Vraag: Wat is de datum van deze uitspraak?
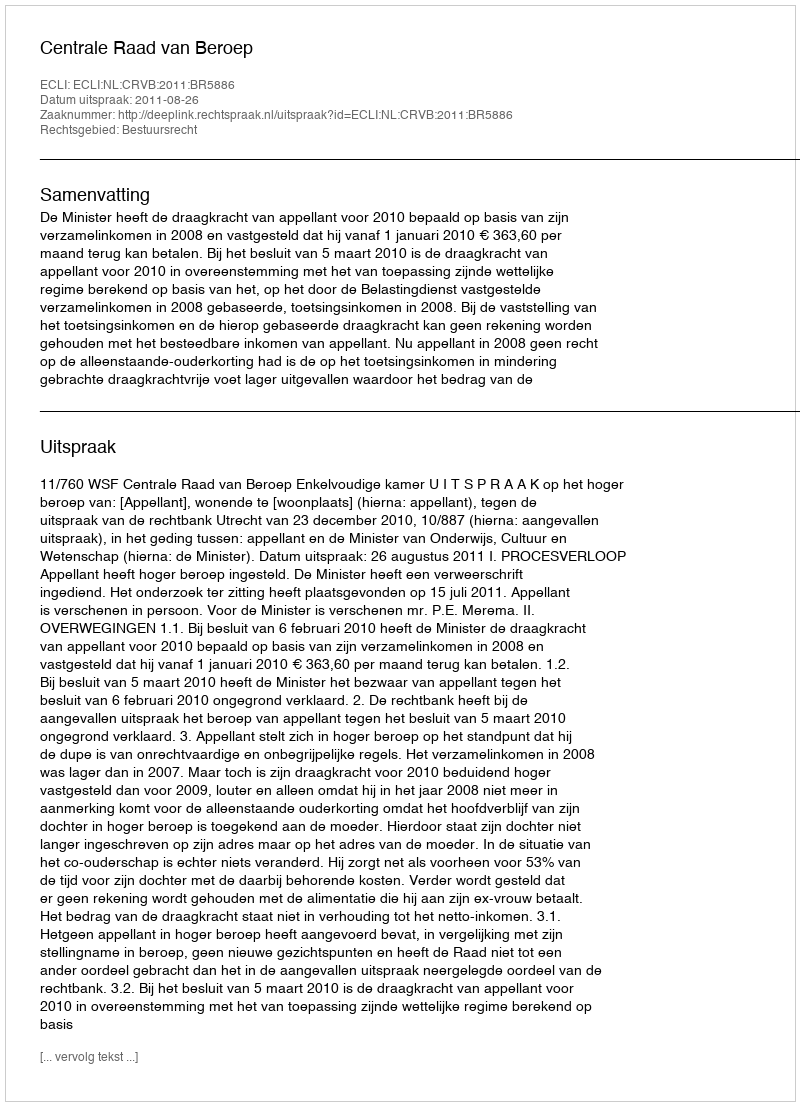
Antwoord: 2011-08-26